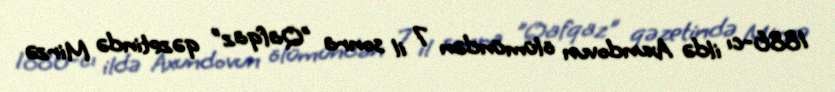
1886-cı ildə Axundovun ölümündən 7 il sonra "Qafqaz" qəzetində Mirzə